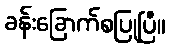
ခန်းခြောက်စပြုပြီ။